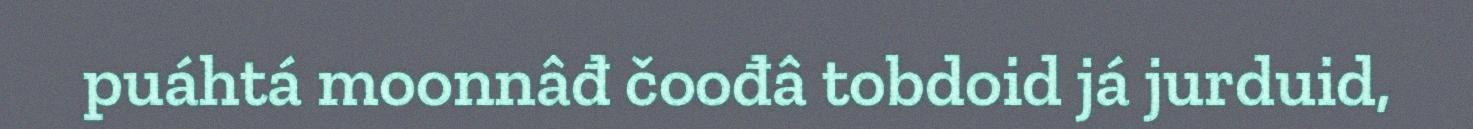
puáhtá moonnâđ čoođâ tobdoid já jurduid,